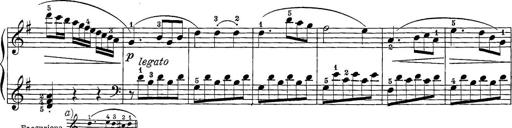
Title: 12 Sonatine per Pianoforte
Composer: Friedrich Kuhlau